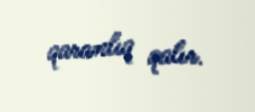
qaranlıq qalır.